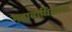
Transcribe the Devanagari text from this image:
महाबोधिसत्त्व।